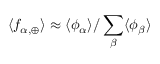
\langle f _ { \alpha , \oplus } \rangle \approx \langle \phi _ { \alpha } \rangle / \sum _ { \beta } \langle \phi _ { \beta } \rangle